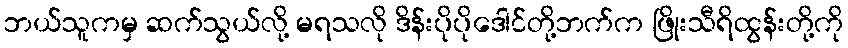
ဘယ်သူကမှ ဆက်သွယ်လို့ မရသလို ဒိန်းပိုပိုဒေါင်တို့ဘက်က ဖြိုးသီရိထွန်းတို့ကို